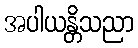
အပါယန္တိသညာ